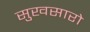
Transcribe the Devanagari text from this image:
सुखसारो